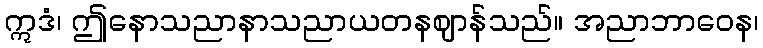
ဣဒံ၊ ဤနောသညာနာသညာယတနဈာန်သည်။ အညာဘာဝေန၊